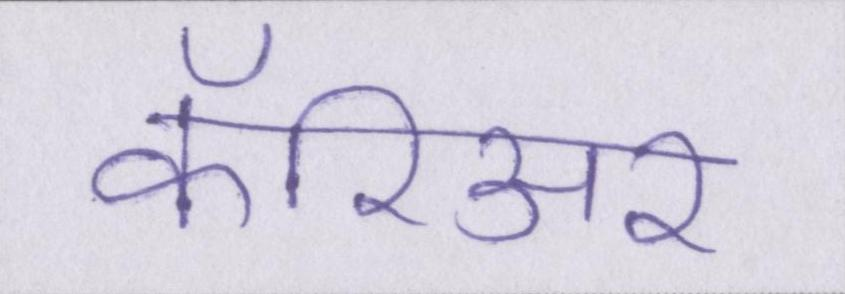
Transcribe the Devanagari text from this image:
कॅरिअर